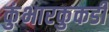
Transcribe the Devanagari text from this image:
कुंभारकुकडी